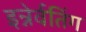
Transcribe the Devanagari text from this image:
इन्नेर्वतिंग